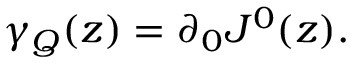
\gamma _ { Q } ( z ) = \partial _ { 0 } J ^ { 0 } ( z ) .